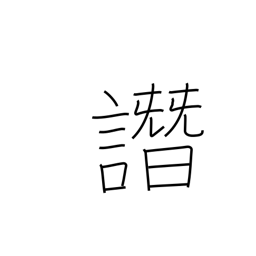
Meaning: slander